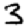
Digit: 3